Plague in India, 1896, 1897 - Volume 3
Year: 1896
Disease focus: Plague
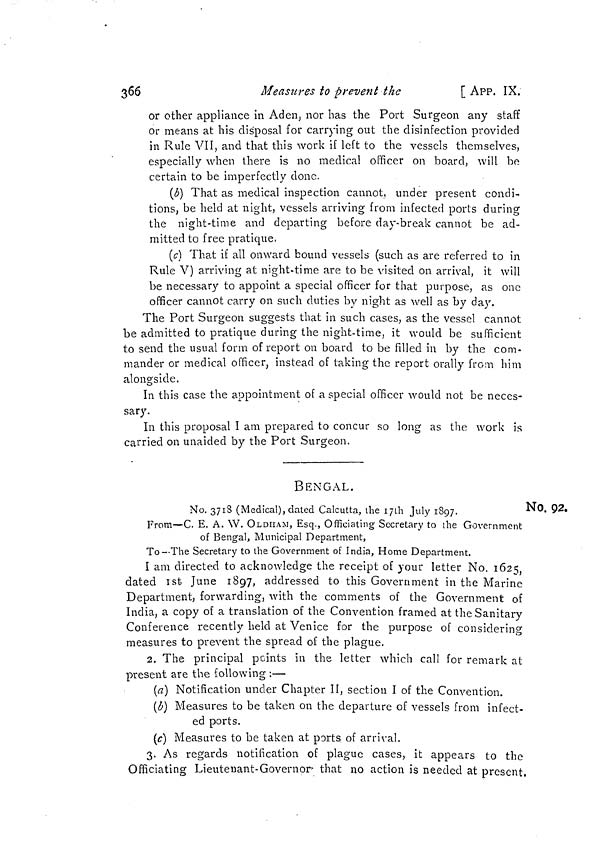
366
Measures to prevent the
[ APP. IX.
or other appliance in Aden, nor has the Port Surgeon any staff
or means at his disposal for carrying out the disinfection provided
in Rule VII, and that this work if left to the vessels themselves,
especially when there is no medical officer on board, will be
certain to be imperfectly done.
(b) That as medical inspection cannot, under present condi-
tions, be held at night, vessels arriving from infected ports during
the night-time and departing before day-break cannot be ad-
mitted to free pratique.
(c) That if all onward bound vessels (such as are referred to in
Rule V) arriving at night-time are to be visited on arrival, it will
be necessary to appoint a special officer for that purpose, as one
officer cannot carry on such duties by night as well as by day.
The Port Surgeon suggests that in such cases, as the vessel cannot
be admitted to pratique during the night-time, it would be sufficient
to send the usual form of report on board to be filled in by the com-
mander or medical officer, instead of taking the report orally from him
alongside.
In this case the appointment of a special officer would not be neces-
sary.
In this proposal I am prepared to concur so long as the work is
carried on unaided by the Port Surgeon.
BENGAL.
No. 3718 (Medical), dated Calcutta, the 17th July 1897.
NO. 92.
From—C. E. A. W. OLDIIAM, Esq., Officiating Secretary to the Government
of Bengal, Municipal Department,
To—The Secretary to the Government of India, Home Department.
I am directed to acknowledge the receipt of your letter No. 1625
dated 1st June 1897, addressed to this Government in the Marine
Department, forwarding, with the comments of the Government of
India, a copy of a translation of the Convention framed at the Sanitary
Conference recently held at Venice for the purpose of considering
measures to prevent the spread of the plague.
2. The principal peints in the letter which call for remark at
present are the following :—
(a) Notification under Chapter II, section I of the Convention.
(b) Measures to be taken on the departure of vessels from infect-
ed ports.
(c) Measures to be taken at ports of arrival.
3. As regards notification of plague cases, it appears to the
Officiating Lieutenant-Governor that no action is needed at present,